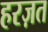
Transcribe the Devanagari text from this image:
हरज़त